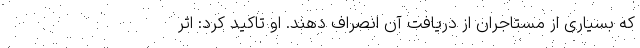
که بسیاری از مستاجران از دریافت آن انصراف دهند. او تاکید کرد: اثر